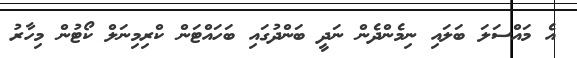
އެ މައްސަލަ ބަލައި ނިމެންދެން ނަދީ ބަންދުގައި ބަހައްޓަން ކްރިމިނަލް ކޯޓުން މިހާރު